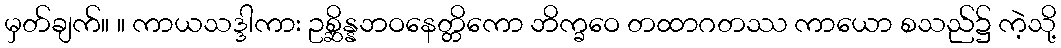
မှတ်ချက်။ ။ ကာယသဒ္ဒါကား ဥစ္ဆိန္နဘဝနေတ္တိကော ဘိက္ခဝေ တထာဂတဿ ကာယော စသည်၌ ကဲ့သို့